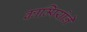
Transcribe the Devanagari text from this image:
काम्पियोने